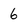
Character: 6